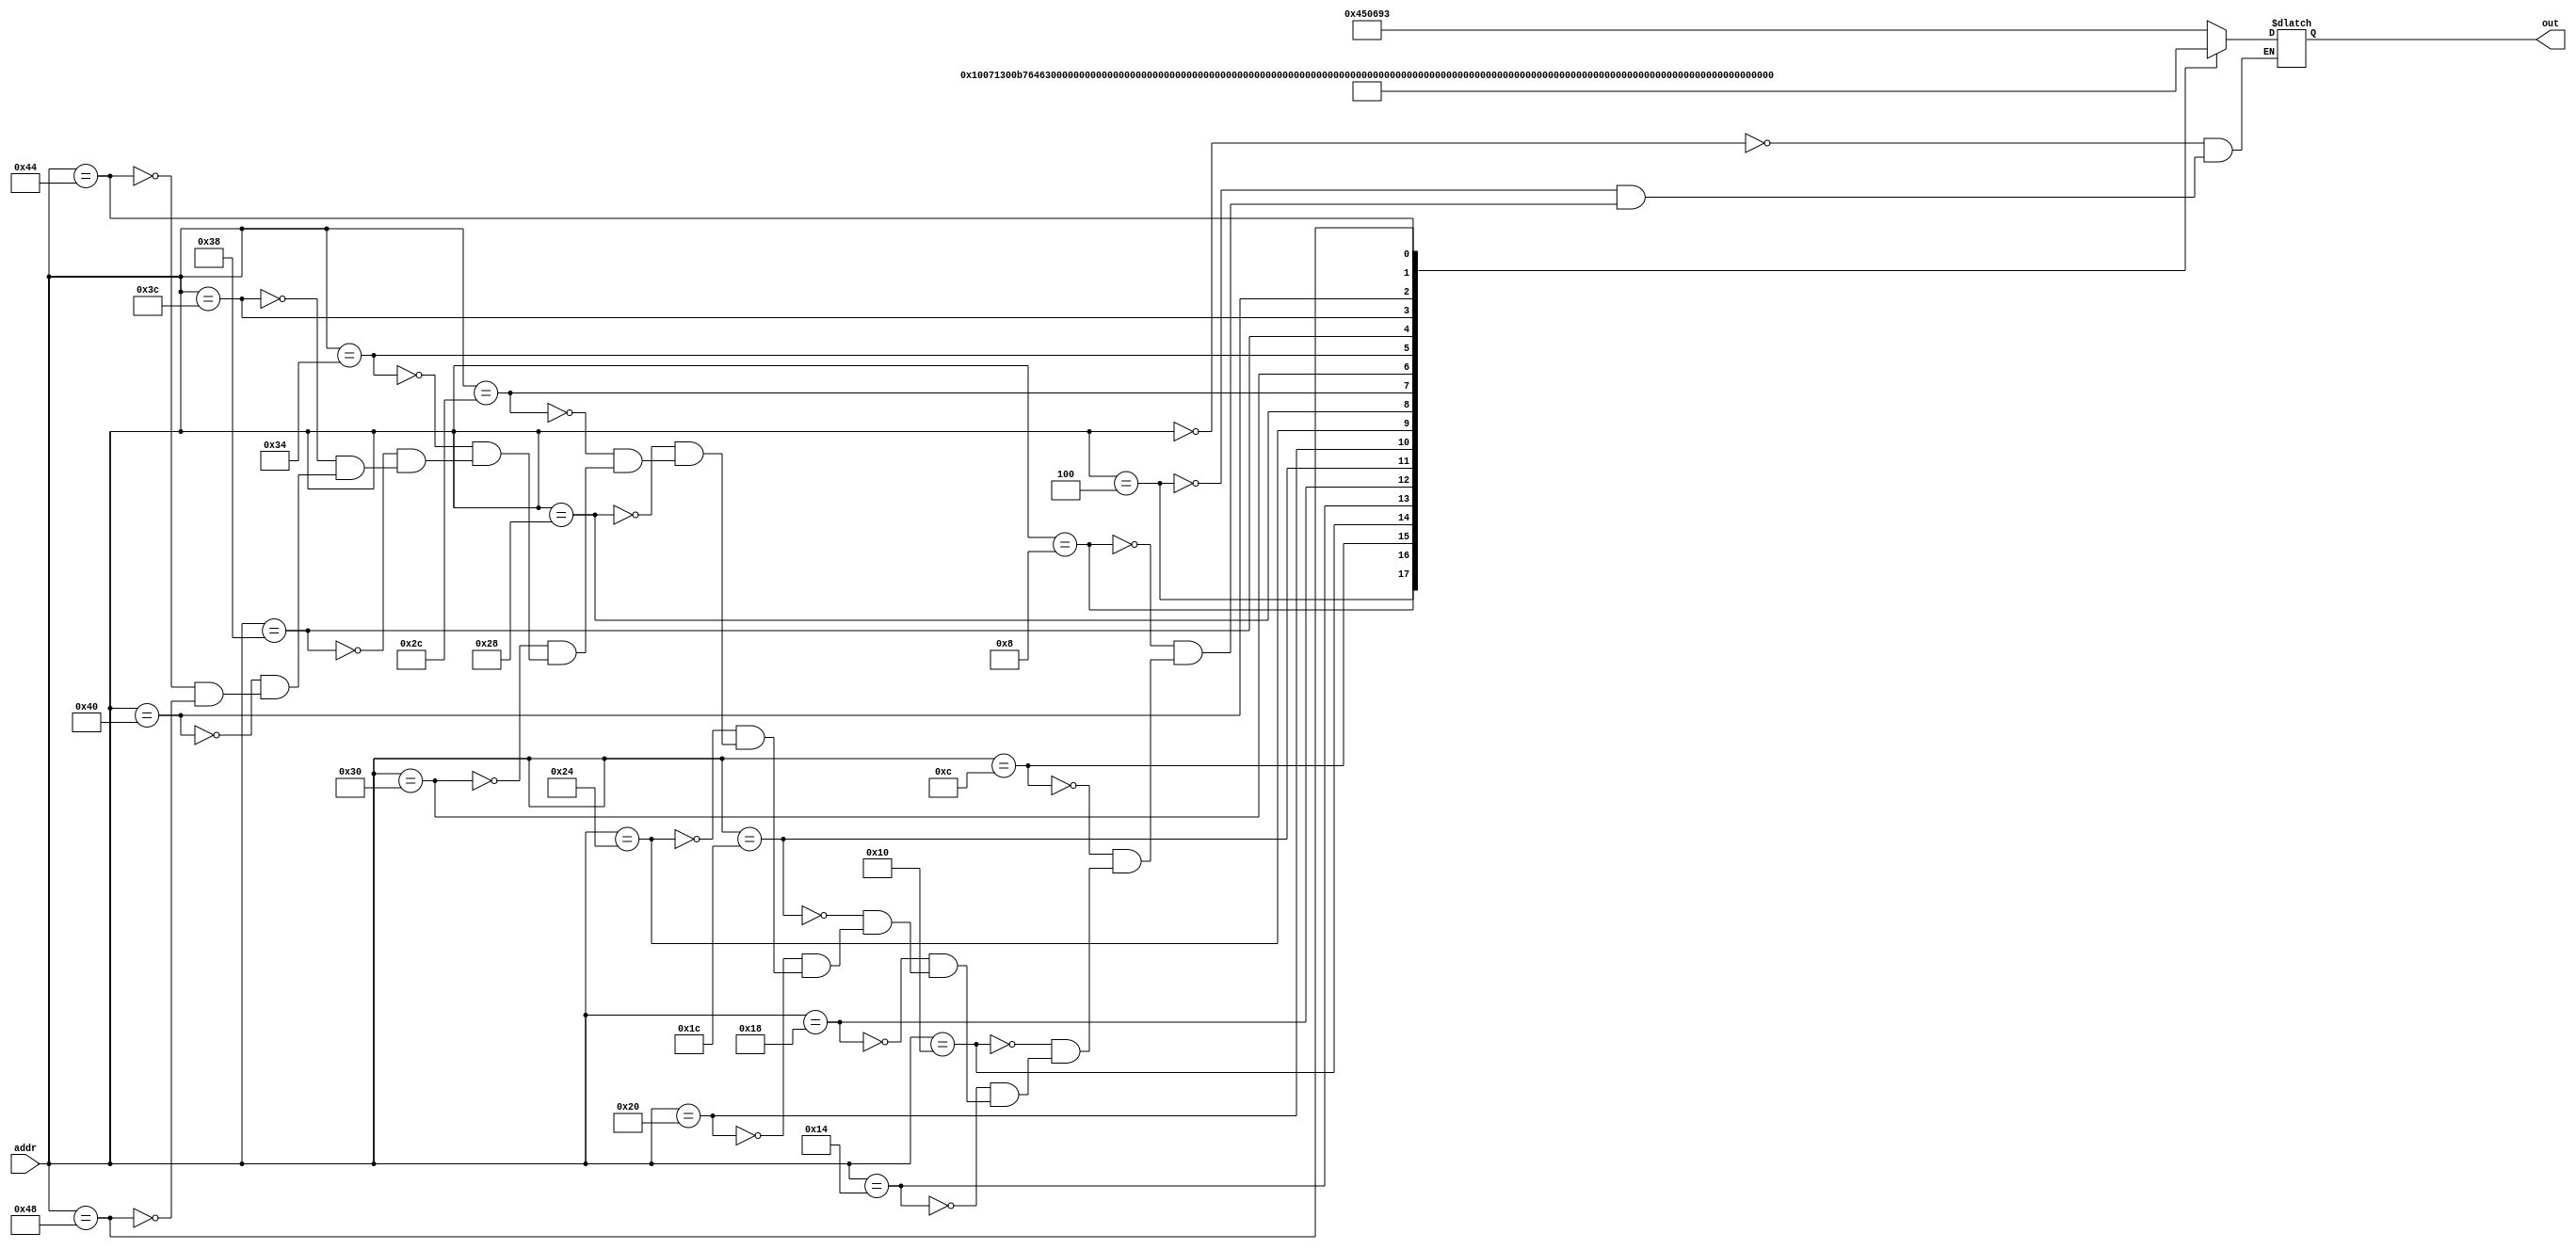
module lab7_ROM(out, addr);
	input [7:0] addr;
	output reg [31:0] out;
	
	always @(addr)
	begin
		case (addr)
			8'd00: out = 32'h00450693;
			8'd04: out = 32'h00100713;
			8'd08: out = 32'h00b76463;
			8'd12: out = 32'h00008067;
			8'd16: out = 32'h0006a803;
			8'd20: out = 32'h00068613;
			8'd24: out = 32'h00070793;
			8'd28: out = 32'hffc62883;
			8'd32: out = 32'h01185a63;
			8'd36: out = 32'h01162023;
			8'd40: out = 32'hfff78793;
			8'd44: out = 32'hffc60613;
			8'd48: out = 32'hfe0796e3;
			8'd52: out = 32'h00279793;
			8'd56: out = 32'h00f507b3;
			8'd60: out = 32'h0107a023;
			8'd64: out = 32'h00170713;
			8'd68: out = 32'h00468693;
			8'd72: out = 32'hfc1ff06f;
		endcase
	end 
endmodule